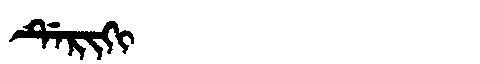
Manchu: ᡩᡝᡵᡳᡴᡳ
Romanization: DERIKI